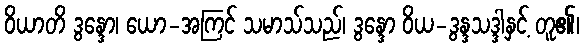
ဝိယာတိ ဒွန္ဒော၊ ယော-အကြင် သမာသ်သည်၊ ဒွန္ဒော ဝိယ-ဒွန္ဒသဒ္ဒါနှင့် တူ၏၊